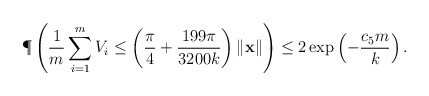
\begin{align*}\P\left( \frac{1}{m}\sum_{i=1}^m V_i \leq \left(\frac{\pi}{4}+\frac{199\pi}{3200k}\right)\|\mathbf{x}\| \right)\leq 2\exp\left(-\frac{c_5 m}{k}\right). \end{align*}